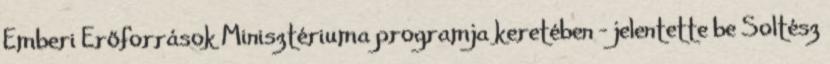
Emberi Erőforrások Minisztériuma programja keretében - jelentette be Soltész